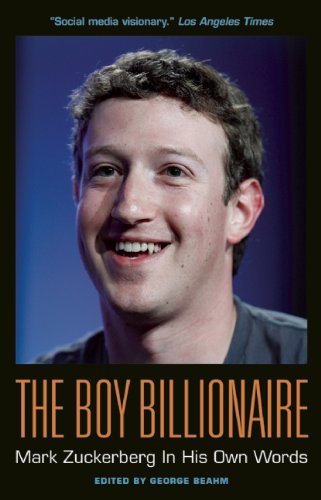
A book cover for The Boy Billionaire: Mark Zuckerberg In His Own Words (In Their Own Words); Computers & Technology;